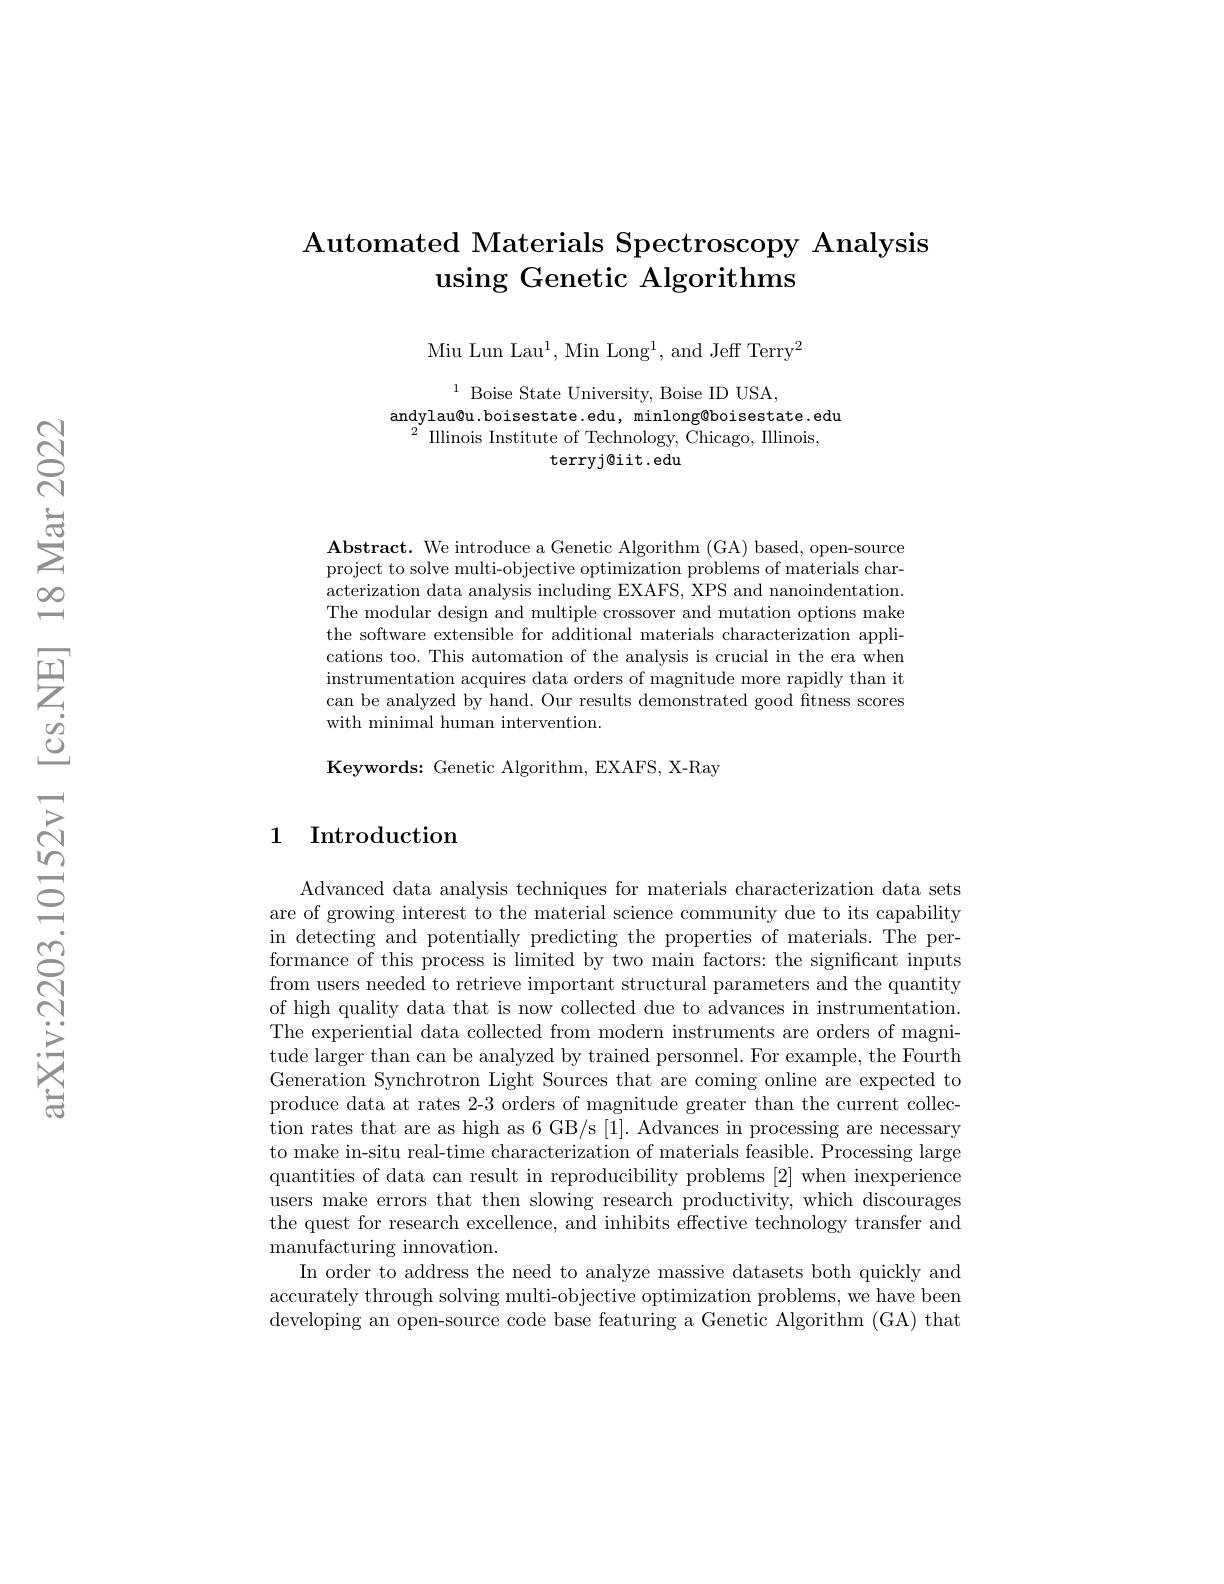
# $\textbf{Automated Materials Spectroscopy Analysis}$ using Genetic Algorithms

Miu Lun La$u^{1}$, Min Lon$g^{1}$, and Jeff Terr$y^{2}$

$^{1}$ Boise State University, Boise ID USA,
andylau@u.boisestate.edu, minlong®boisestate.edu
$^{2}$IIlinois Institute of Technology, Chicago, Illinois,
terryj@iit.edu

$\textbf{Abstract. We introduce a Genetic Algorithm ( GA) based, open- source}$ project to solve multi-objective optimization problems of materials characterization data analysis including EXAFS, XPS and nanoindentation. The modular design and multiple crossover and mutation options make the software extensible for additional materials characterization applications too. This automation of the analysis is crucial in the era when instrumentation acquires data orders of magnitude more rapidly than it can be analyzed by hand. Our results demonstrated good fitness scores with minimal human intervention.

Keywords: Genetic Algorithm, EXAFS, X-Ray

## 1 Introduction

Advanced data analysis techniques for materials characterization data sets are of growing interest to the material science community due to its capability in detecting and potentially predicting the properties of materials. The performance of this process is limited by two main factors: the significant inputs from users needed to retrieve important structural parameters and the quantity of high quality data that is now collected due to advances in instrumentation. The experiential data collected from modern instruments are orders of magnitude larger than can be analyzed by trained personnel. For example, the Fourth Generation Synchrotron Light Sources that are coming online are expected to produce data at rates 2-3 orders of magnitude greater than the current collection rates that are as high as 6 GB/s [1]. Advances in processing are necessary to make in-situ real-time characterization of materials feasible. Processing large quantities of data can result in reproducibility problems [2] when inexperience users make errors that then slowing research productivity, which discourages the quest for research excellence, and inhibits effective technology transfer and manufacturing innovation.
In order to address the need to analyze massive datasets both quickly and accurately through solving multi-objective optimization problems, we have been developing an open-source code base featuring a Genetic Algorithm (GA) that